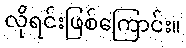
လိုရင်းဖြစ်ကြောင်း။